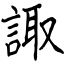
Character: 諏